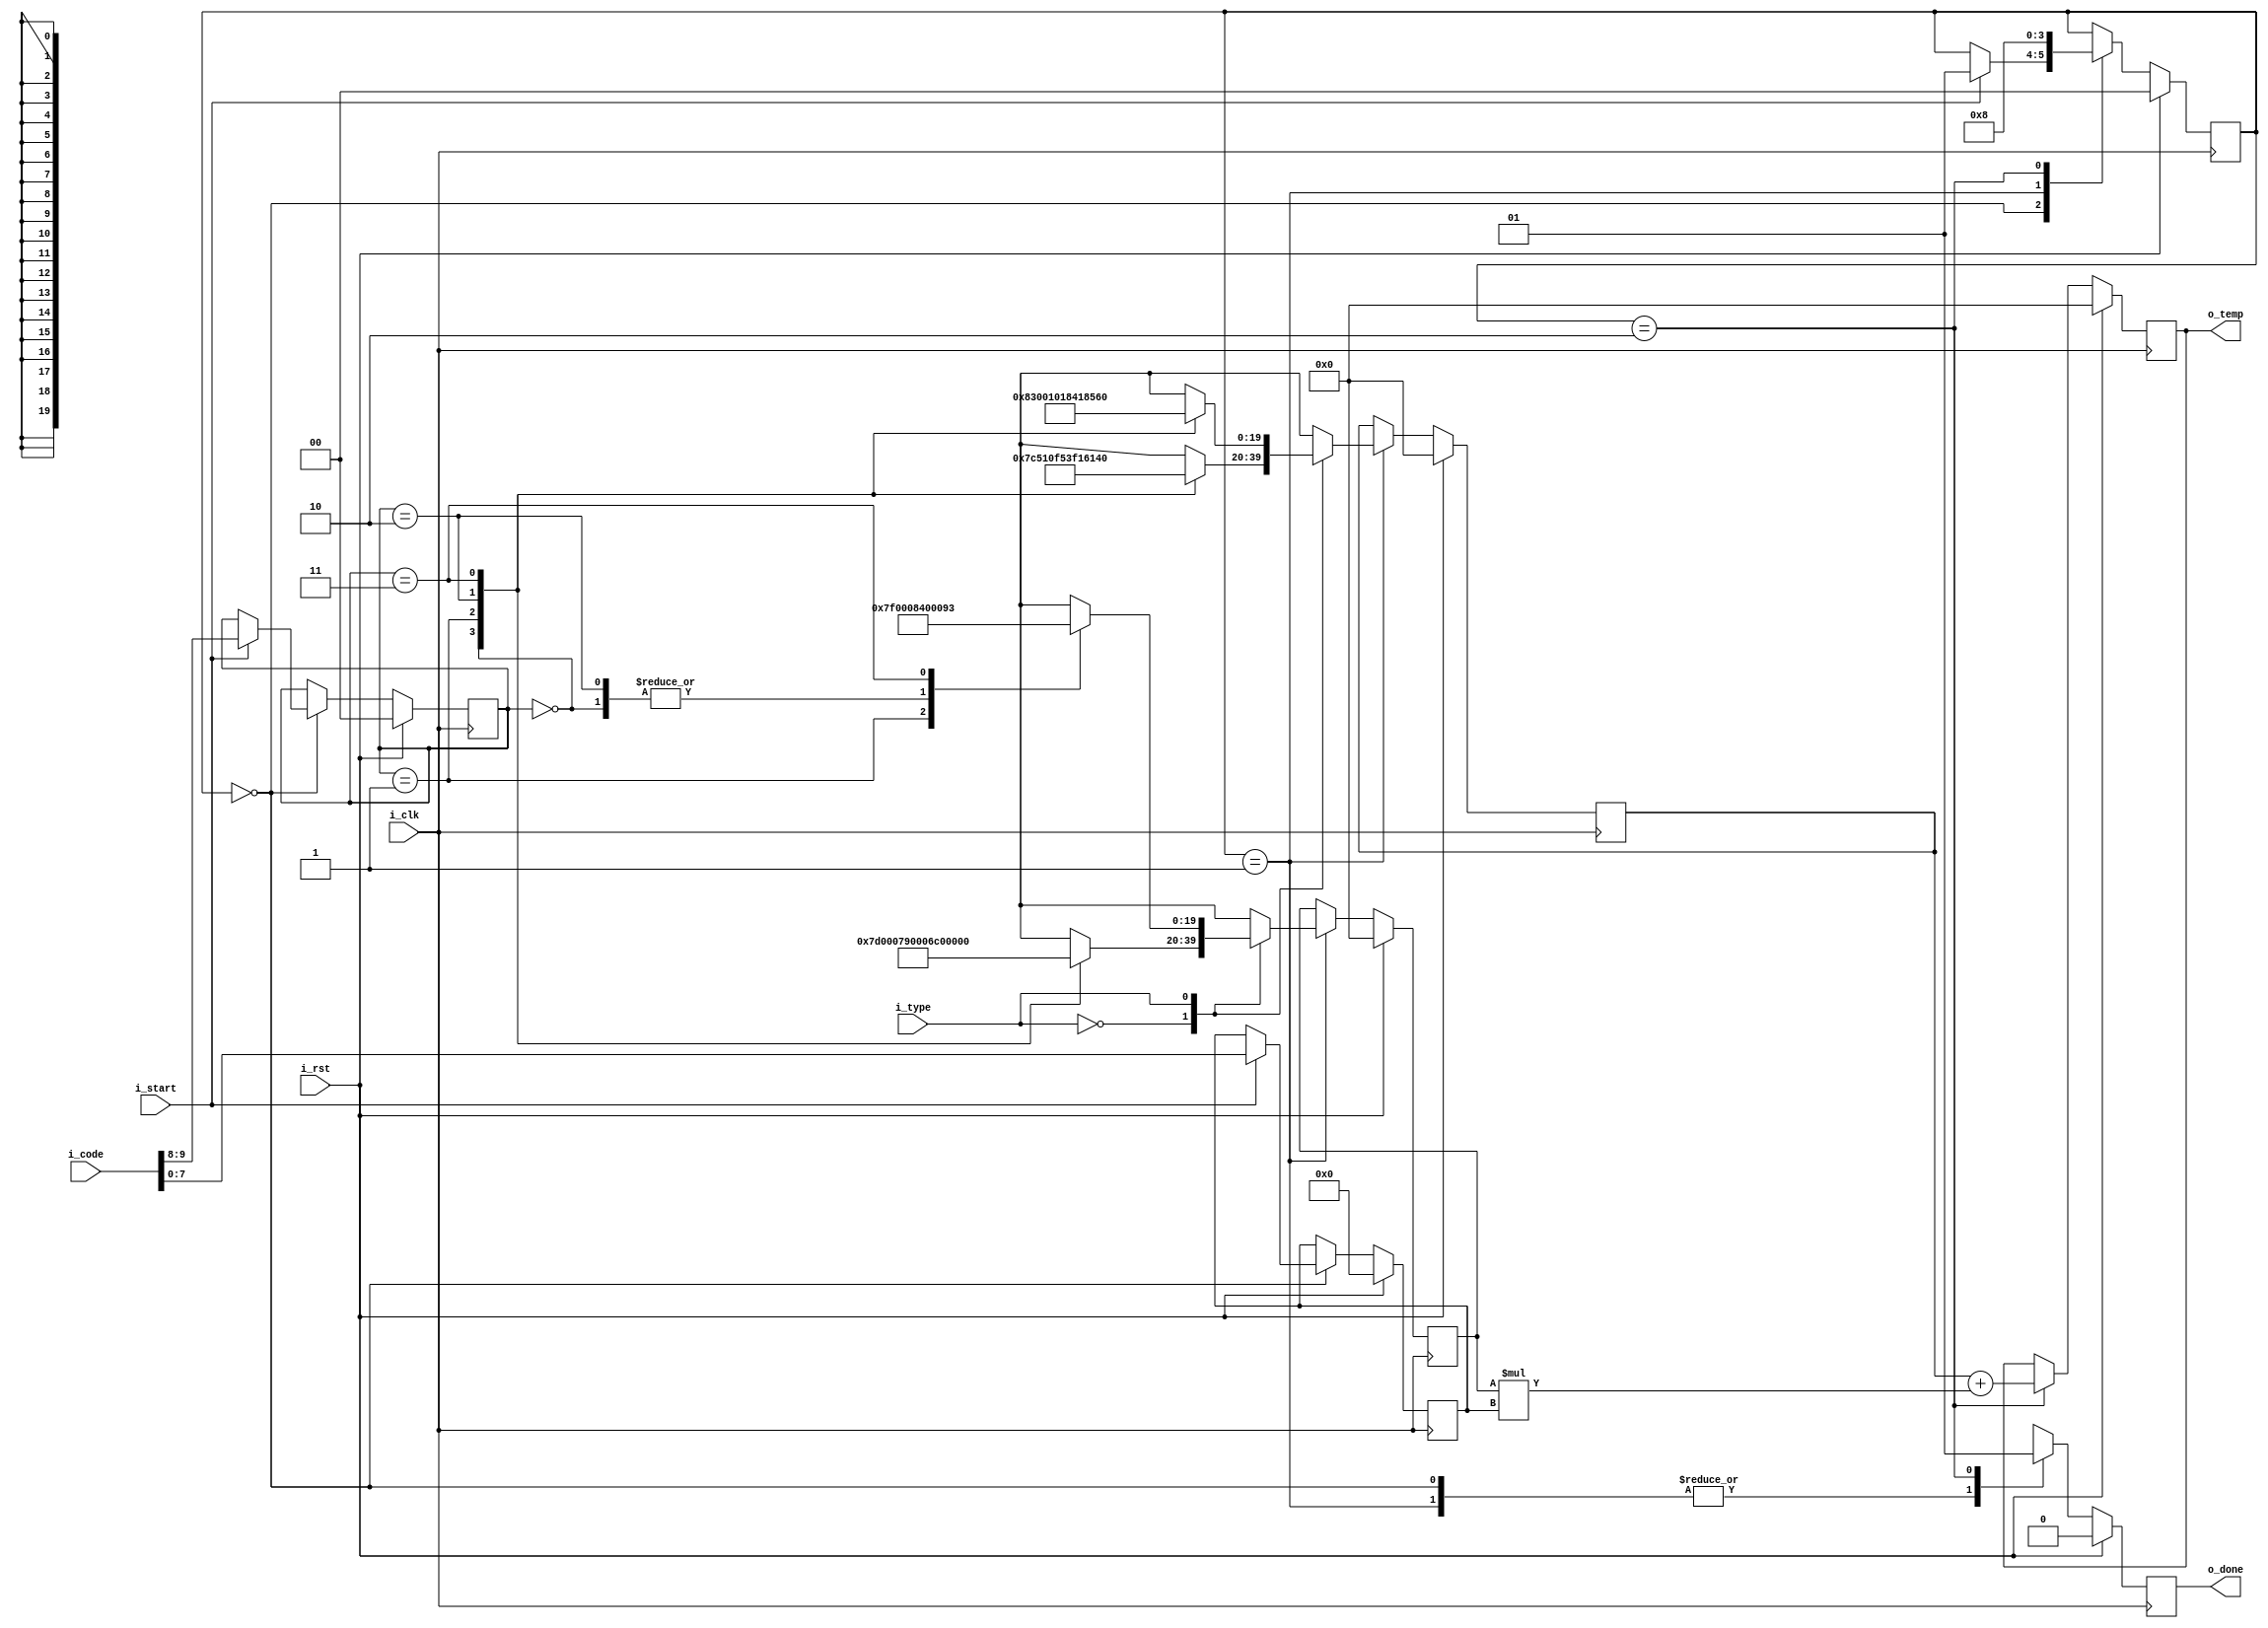
module tc_calc (
    input  i_clk,
    input  i_rst,

    input             i_start,
    input       [9:0] i_code,
    input       [0:0] i_type,
    output reg [19:0] o_temp,
    output reg        o_done
);

    // 10 bits / 4 sections = top two bits are section, bottom 8 are value:
    // code = 10'bSSVVVVVVVV
    reg [1:0] cs;
    reg [7:0] cv;

    /* Type-J
     *     0,       0,  125
     *   255,   31825,  121
     *   511,   62783,  108
     *   767,   90432,  115
     *  1023,  119996
     */

    /* Type-K
     *     0,       0,  132
     *   255,   33536,  127
     *   511,   65924,  132
     *   767,   99678,  147
     *  1023,  137204
     */

    // interpolation coefficient ROM
    // 0 Type-J
    // slope
    wire [19:0] crom_slope_0 [4];
    assign crom_slope_0[0] = 20'd125;
    assign crom_slope_0[1] = 20'd121;
    assign crom_slope_0[2] = 20'd108;
    assign crom_slope_0[3] = 20'd115;
    // intercept
    wire [19:0] crom_intercept_0 [4];
    assign crom_intercept_0[0] = 20'd0;
    assign crom_intercept_0[1] = 20'd31825;
    assign crom_intercept_0[2] = 20'd62783;
    assign crom_intercept_0[3] = 20'd90432;
    // 1 Type-K
    // slope
    wire [19:0] crom_slope_1 [4];
    assign crom_slope_1[0] = 20'd132;
    assign crom_slope_1[1] = 20'd127;
    assign crom_slope_1[2] = 20'd132;
    assign crom_slope_1[3] = 20'd147;
    // intercept
    wire [19:0] crom_intercept_1 [4];
    assign crom_intercept_1[0] = 20'd0;
    assign crom_intercept_1[1] = 20'd33536;
    assign crom_intercept_1[2] = 20'd65924;
    assign crom_intercept_1[3] = 20'd99678;

    localparam [1:0] IDLE = 2'b00,
                     LOAD = 2'b01,
                     CALC = 2'b10;
    reg [1:0] state;

    reg [19:0] active_slope;
    reg [19:0] active_intercept;
    always @(posedge i_clk) begin
        o_done <= 'b0;
        if (i_rst) begin
            state            <= IDLE;
            active_slope     <= 'b0;
            active_intercept <= 'b0;
            cs               <= 'b0;
            cv               <= 'b0;
            o_temp           <= 'b0;
        end else case (state)
            IDLE: begin
                if (i_start) begin
                    state      <= LOAD;
                    { cs, cv } <= i_code;
                end
            end
            LOAD: begin
                state  <= CALC;
                case (i_type)
                    1'b0: begin // Type-J
                        active_slope     <= crom_slope_0[cs];
                        active_intercept <= crom_intercept_0[cs];
                    end
                    1'b1: begin // Type-K
                        active_slope     <= crom_slope_1[cs];
                        active_intercept <= crom_intercept_1[cs];
                    end
                    default: begin
                        active_slope     <= 20'bx;
                        active_intercept <= 20'bx;
                    end
                endcase
            end
            CALC: begin
                state  <= IDLE;
                o_temp <= active_intercept + active_slope * {12'b0, cv};
                o_done <= 'b1;
            end
            default: begin
                o_done <= 1'bx;
            end
        endcase
    end

endmodule